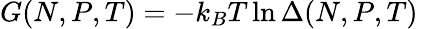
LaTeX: G(N,P,T)=-k_{B}T\ln\Delta(N,P,T)\;